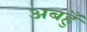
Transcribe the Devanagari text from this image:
अबहुँ